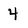
Character: 4